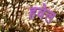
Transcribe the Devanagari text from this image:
हवेल